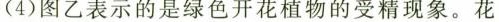
(4)图乙表示的是绿色开花植物的受精现象。花